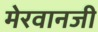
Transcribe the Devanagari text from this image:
मेरवानजी